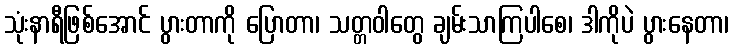
သုံးနာရီဖြစ်အောင် ပွားတာကို ပြောတာ၊ သတ္တဝါတွေ ချမ်းသာကြပါစေ၊ ဒါကိုပဲ ပွားနေတာ၊